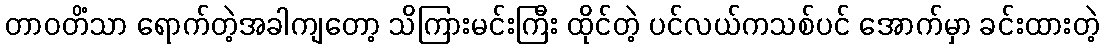
တာဝတိံသာ ရောက်တဲ့အခါကျတော့ သိကြားမင်းကြီး ထိုင်တဲ့ ပင်လယ်ကသစ်ပင် အောက်မှာ ခင်းထားတဲ့